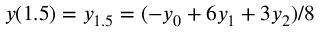
y ( 1 . 5 ) = y _ { 1 . 5 } = ( - y _ { 0 } + 6 y _ { 1 } + 3 y _ { 2 } ) / 8